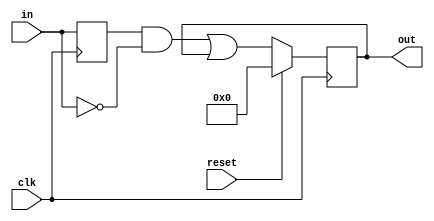
module top_module (
    input clk,
    input reset,
    input [31:0] in,
    output [31:0] out
);
    reg [31:0] in_dly;
    wire [31:0] capture;

    always @(posedge clk) begin
        in_dly <= in;
    end

    assign capture = in_dly & ~in;

    always @(posedge clk) begin
        if (reset == 1'b1) begin
            out <= 32'b0;
        end
        else begin
            out <= capture | out;
        end
    end

endmodule